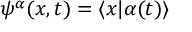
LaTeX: \psi ^ { \alpha } ( x , t ) = \langle x | \alpha ( t ) \rangle